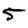
Digit: 5